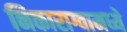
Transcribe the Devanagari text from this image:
निकाराग्वामध्ये